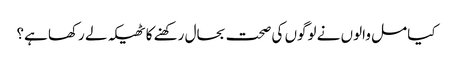
کیا مل والوں نے لوگوں کی صحت بحال رکھنے کا ٹھیکہ لے رکھا ہے؟